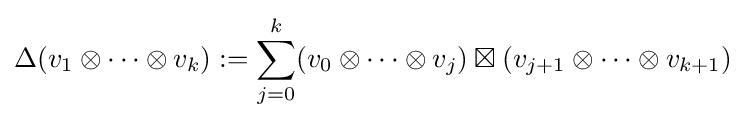
\Delta (v_{1}\otimes \dots \otimes v_{k}):=\sum _{j=0}^{k}(v_{0}\otimes \dots \otimes v_{j})\boxtimes (v_{j+1}\otimes \dots \otimes v_{k+1})